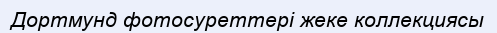
Дортмунд фотосуреттері жеке коллекциясы